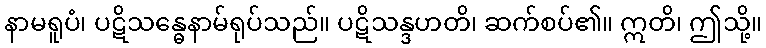
နာမရူပံ၊ ပဋိသန္ဓေနာမ်ရုပ်သည်။ ပဋိသန္ဒဟတိ၊ ဆက်စပ်၏။ ဣတိ၊ ဤသို့။